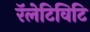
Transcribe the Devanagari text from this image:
रॅलेटिविटि